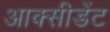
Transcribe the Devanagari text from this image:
आक्सीडेंट